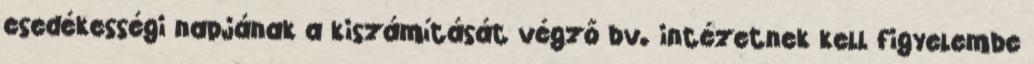
esedékességi napjának a kiszámítását végző bv. intézetnek kell figyelembe